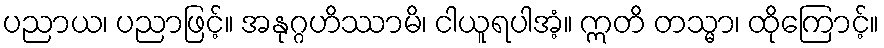
ပညာယ၊ ပညာဖြင့်။ အနုဂ္ဂဟိဿာမိ၊ ငါယူရပါအံ့။ ဣတိ တသ္မာ၊ ထိုကြောင့်။